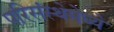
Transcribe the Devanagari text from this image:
परिसंस्थेमेध्ये